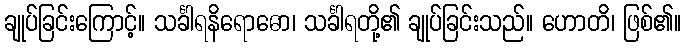
ချုပ်ခြင်းကြောင့်။ သင်္ခါရနိရောဓော၊ သင်္ခါရတို့၏ ချုပ်ခြင်းသည်။ ဟောတိ၊ ဖြစ်၏။